Annual report of the Bengal Veterinary College and of the Civil Veterinary Department, Bengal, for the year 1909-1910 - 1909-1910
Year: 1909
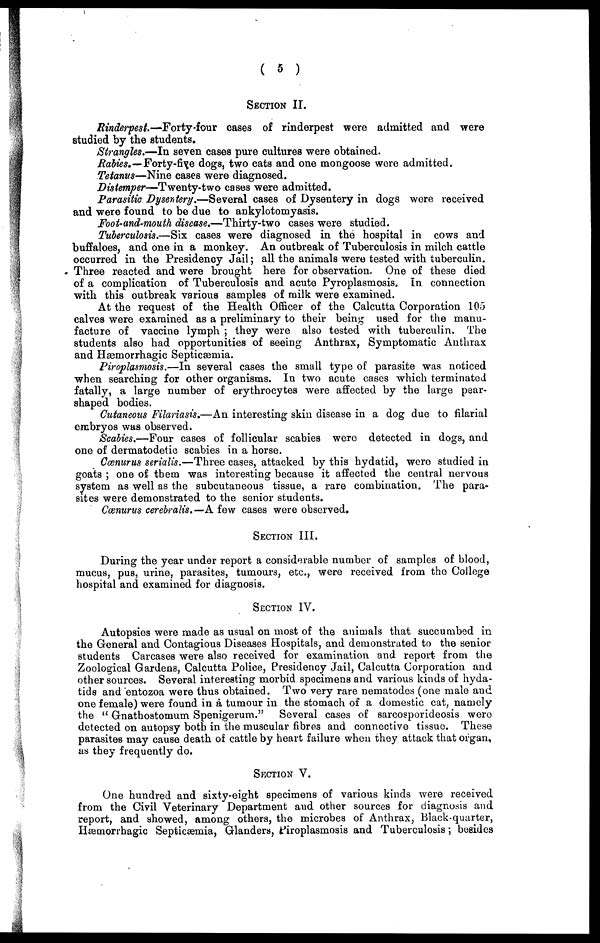
( 5 )
SECTION II.
Rinderpest—Forty.four
cases of rinderpest were admitted and were
studied by the students.
Strangles.—In seven cases pure cultures were obtained.
Rabies.— Forty-five dogs, two cats and one mongoose were admitted.
Tetanus—Nine cases were diagnosed.
Distemper—Twenty-two cases were admitted.
Parasitic Dysentery.—Several cases of Dysentery in dogs were received
and were found to be due to ankylotomyasis.
Foot-and-mouth disease.—Thirty-two cases were studied.
Tuberculosis.—Six cases were diagnosed in the hospital in cows and
buffaloes, and one in a monkey. An outbreak of Tuberculosis in milch cattle
occurred in the Presidency Jail; all the animals were tested with tuberculin.
Three reacted and were brought here for observation. One of these died
of a complication of Tuberculosis and acute Pyroplasmosis. In connection
with this outbreak various samples of milk were examined.
At the request of the Health Officer of the Calcutta Corporation 105
calves were examined as a preliminary to their being used for the manu-
facture of vaccine lymph ; they were also tested with tuberculin. The
students also had opportunities of seeing Anthrax, Symptomatic Anthrax
and Hæmorrhagic Septicæmia.
Piroplasmosis.—In several cases the small type of parasite was noticed
when searching for other organisms. In two acute cases which terminated
fatally, a large number of erythrocytes were affected by the large pear-
shaped bodies.
Cutaneous Filariasis.—An interesting skin disease in a dog due to filarial
embryos was observed.
Scabies.—Four cases of follicular scabies were detected in dogs, and
one of dermatodetic scabies in a horse.
Cœnurus serialis.—Three cases, attacked by this hydatid, were studied in
goats ; one of them was interesting because it affected the central nervous
system as well as the subcutaneous tissue, a rare combination. The para-
sites were demonstrated to the senior students.
Cœnurus cerebralis.—A few cases were observed.
SECTION III.
During the year under report a considerable number of samples of blood,
mucus, pus, urine, parasites, tumours, etc., were received from the College
hospital and examined for diagnosis.
SECTION IV.
Autopsies were made as usual on most of the animals that succumbed in
the General and Contagious Diseases Hospitals, and demonstrated to the senior
students Carcases were also received for examination and report from the
Zoological Gardens, Calcutta Police, Presidency Jail, Calcutta Corporation and
other sources. Several interesting morbid specimens and various kinds of hyda-
tids and entozoa were thus obtained. Two very rare nematodes (one male and
one female) were found in a tumour in the stomach of a domestic cat, namely
the "Gnathostomum Spenigerum." Several cases of sarcosporideosis were
detected on autopsy both in the muscular fibres and connective tissue. These
parasites may cause death of cattle by heart failure when they attack that organ,
as they frequently do.
SECTION V.
One hundred and sixty-eight specimens of various kinds were received
from the Civil Veterinary Department and other sources for diagnosis and
report, and showed, among others, the microbes of Anthrax, Black-quarter,
Hæmorrhagic Septicæmia, Glanders, Piroplasmosis and Tuberculosis; besides